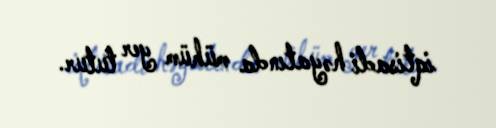
iqtisadi həyatında mühüm yer tutur.